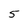
Character: 5